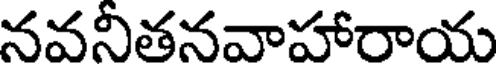
నవనీతనవాహారాయ